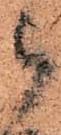
被